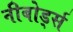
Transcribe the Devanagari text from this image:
नीबोर्ड्स